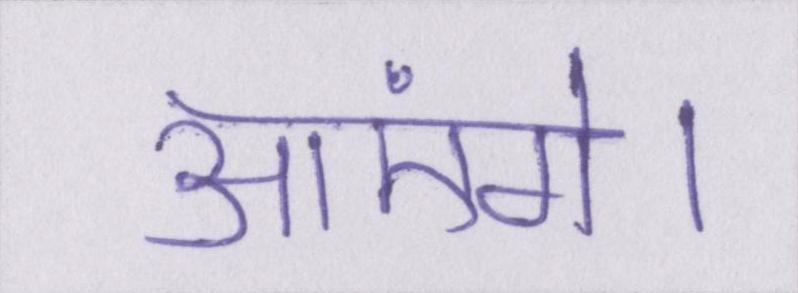
आएंगे।